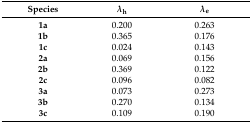
| Species | λh | λe |
 | --- | --- | --- |
 | 1a | 0.200 | 0.263 |
 | 1b | 0.365 | 0.176 |
 | 1c | 0.024 | 0.143 |
 | 2a | 0.069 | 0.156 |
 | 2b | 0.369 | 0.122 |
 | 2c | 0.096 | 0.082 |
 | 3a | 0.073 | 0.273 |
 | 3b | 0.270 | 0.134 |
 | 3c | 0.109 | 0.190 |